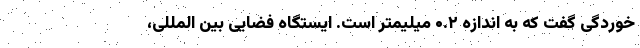
خوردگی گفت که به اندازه ۰.۲ میلیمتر است. ایستگاه فضایی بین المللی،